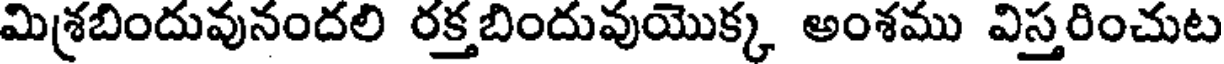
మిశ్రబిందువునందలి రక్తబిందువుయొక్క అంశము విస్తరించుట